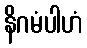
နိဂမံပါဟံ